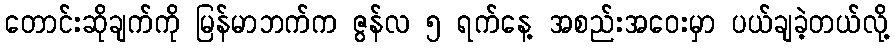
တောင်းဆိုချက်ကို မြန်မာဘက်က ဇွန်လ ၅ ရက်နေ့ အစည်းအဝေးမှာ ပယ်ချခဲ့တယ်လို့